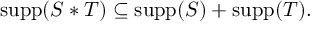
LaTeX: \operatorname { s u p p } ( S \ast T ) \subseteq \operatorname { s u p p } ( S ) + \operatorname { s u p p } ( T ) .